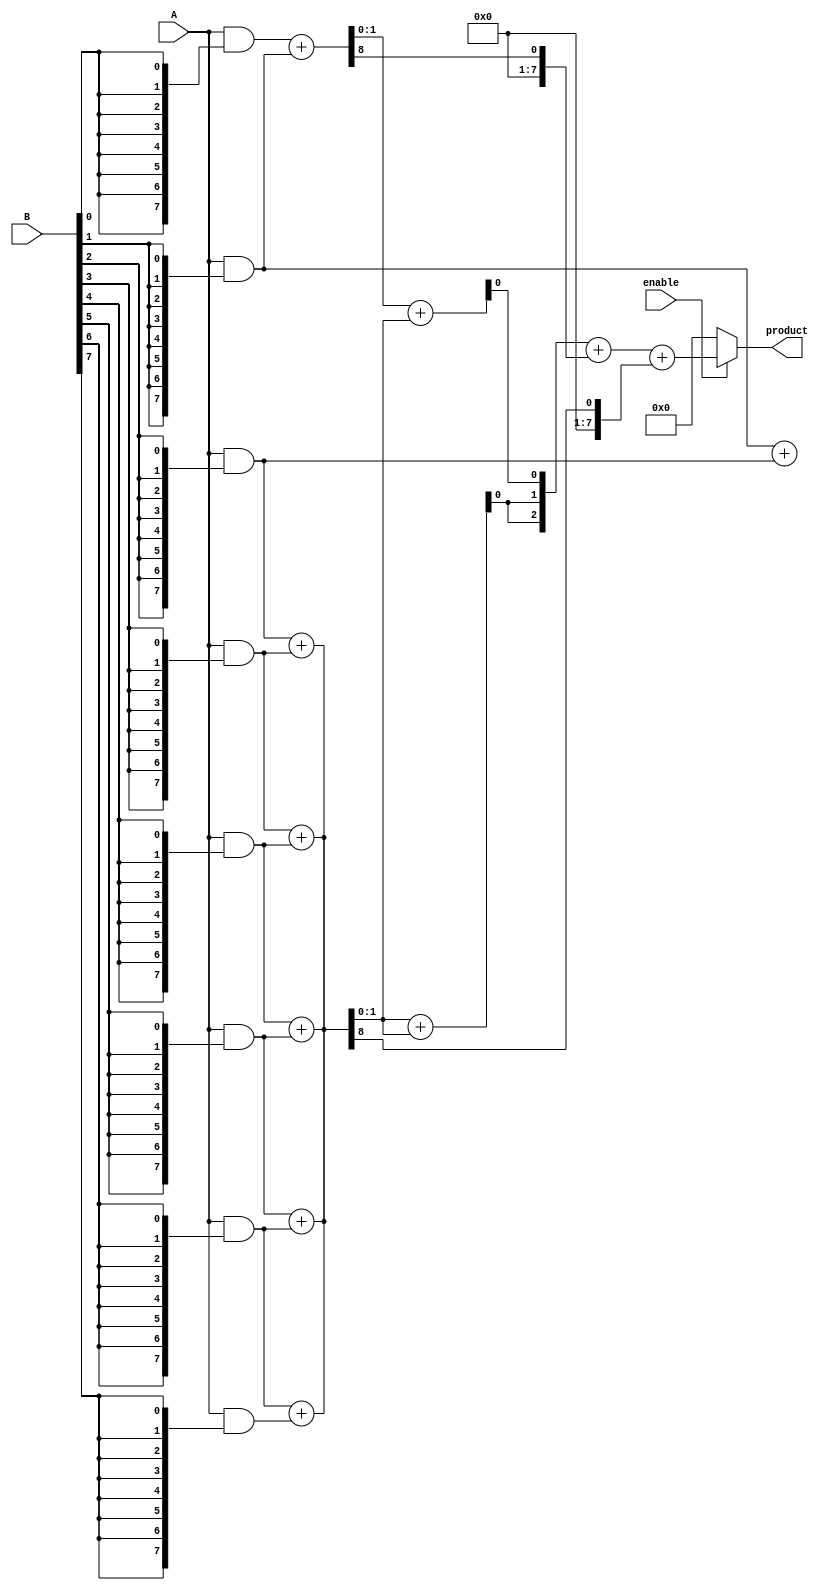
module wallace_tree_multiplier #(parameter N = 8) (
    input wire [N-1:0] A,
    input wire [N-1:0] B,
    input wire enable,
    output reg [2*N-1:0] product
);

    // Partial product generation
    wire [N-1:0] pp [0:N-1]; // Partial products
    genvar i, j;
    generate
        for (i = 0; i < N; i = i + 1) begin : gen_partial_products
            assign pp[i] = A & {N{B[i]}};
        end
    endgenerate

    // Wallace tree reduction
    wire [N-1:0] sum [0:N-1]; // Sums at each stage
    wire [N-1:0] carry [0:N-1]; // Carries at each stage
    wire [N-1:0] temp_sum, temp_carry;

    // Stage 1: Combine partial products using half adders and full adders
    generate
        for (i = 0; i < N-1; i = i + 1) begin : stage1
            if (i % 2 == 0) begin
                assign {carry[i/2], sum[i/2]} = pp[i] + pp[i+1];
            end else begin
                assign {temp_carry, temp_sum} = pp[i] + pp[i+1];
                assign carry[i/2 + 1] = temp_carry;
                assign sum[i/2 + 1] = temp_sum;
            end
        end
    endgenerate

    // Further stages of reduction
    // This can be extended for more stages depending on N
    // For simplicity, we will assume a maximum of 3 stages for N=8
    wire [N-1:0] final_sum, final_carry;

    // Stage 2
    generate
        for (i = 0; i < (N/2)-1; i = i + 1) begin : stage2
            assign {final_carry[i], final_sum[i]} = sum[i] + sum[i+1];
        end
    endgenerate

    // Final addition
    always @(*) begin
        if (enable) begin
            product = 0; // Reset product
            // Final addition of remaining sums and carries
            product = {final_carry, final_sum} + {1'b0, carry[0]} + {1'b0, carry[1]};
        end else begin
            product = 0; // Disable multiplier
        end
    end

endmodule